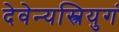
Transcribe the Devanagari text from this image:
देवेन्यस्त्रियुगं